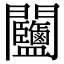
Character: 𨷽